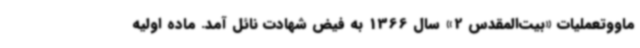
ماووتعملیات «بیت‌المقدس 2» سال 1366 به فیض شهادت نائل آمد. ماده اولیه